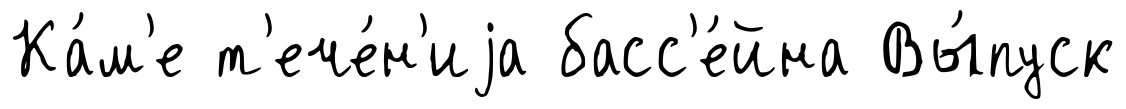
Ка́м'е т'ече́н'иjа басс'е́йна Вы́пуск